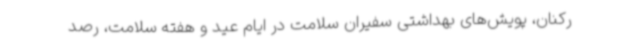
رکنان، پویش‌های بهداشتی سفیران سلامت در ایام عید و هفته سلامت، رصد